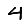
Digit: 4